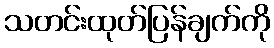
သတင်းထုတ်ပြန်ချက်ကို